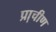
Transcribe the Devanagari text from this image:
प्रा़चीण